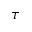
\tau